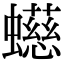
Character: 䗹